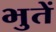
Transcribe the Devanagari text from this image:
भुतें